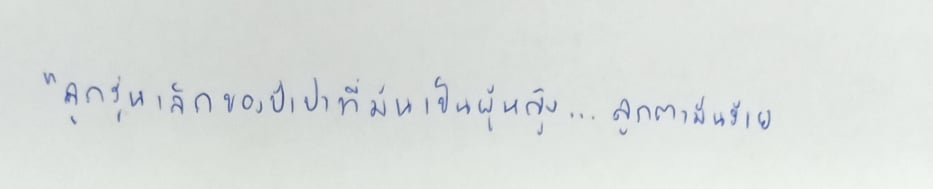
"ลูกรุ่นเล็กของป้าปาที่มันเป็นผู้หญิง...ลูกตามันร้าย